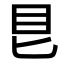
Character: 𥃩